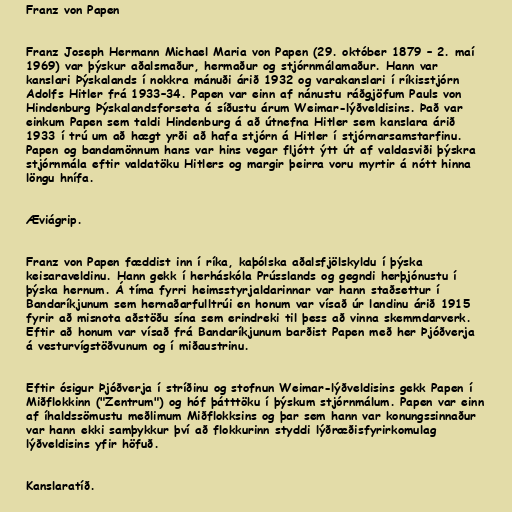
Franz von Papen

Franz Joseph Hermann Michael Maria von Papen (29. október 1879 – 2. maí
1969) var þýskur aðalsmaður, hermaður og stjórnmálamaður. Hann var
kanslari Þýskalands í nokkra mánuði árið 1932 og varakanslari í ríkisstjórn
Adolfs Hitler frá 1933–34. Papen var einn af nánustu ráðgjöfum Pauls von
Hindenburg Þýskalandsforseta á síðustu árum Weimar-lýðveldisins. Það var
einkum Papen sem taldi Hindenburg á að útnefna Hitler sem kanslara árið
1933 í trú um að hægt yrði að hafa stjórn á Hitler í stjórnarsamstarfinu.
Papen og bandamönnum hans var hins vegar fljótt ýtt út af valdasviði þýskra
stjórnmála eftir valdatöku Hitlers og margir þeirra voru myrtir á nótt hinna
löngu hnífa.

Æviágrip.

Franz von Papen fæddist inn í ríka, kaþólska aðalsfjölskyldu í þýska
keisaraveldinu. Hann gekk í herháskóla Prússlands og gegndi herþjónustu í
þýska hernum. Á tíma fyrri heimsstyrjaldarinnar var hann staðsettur í
Bandaríkjunum sem hernaðarfulltrúi en honum var vísað úr landinu árið 1915
fyrir að misnota aðstöðu sína sem erindreki til þess að vinna skemmdarverk.
Eftir að honum var vísað frá Bandaríkjunum barðist Papen með her Þjóðverja
á vesturvígstöðvunum og í miðaustrinu.

Eftir ósigur Þjóðverja í stríðinu og stofnun Weimar-lýðveldisins gekk Papen í
Miðflokkinn ("Zentrum") og hóf þátttöku í þýskum stjórnmálum. Papen var einn
af íhaldssömustu meðlimum Miðflokksins og þar sem hann var konungssinnaður
var hann ekki samþykkur því að flokkurinn styddi lýðræðisfyrirkomulag
lýðveldisins yfir höfuð.

Kanslaratíð.